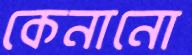
কেনানো